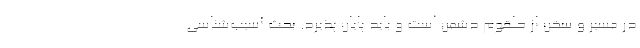
در مسیر و سخن از حلقوم دشمن است و باید پایان پذیرد. بحث آسیب‌شناسی